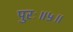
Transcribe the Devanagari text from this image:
पुरः॥५॥